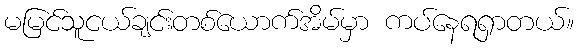
မမြင်သူငယ်ချင်းတစ်ယောက်အိမ်မှာ ကပ်နေရရှာတယ်။